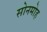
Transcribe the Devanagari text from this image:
सोनमोह